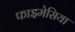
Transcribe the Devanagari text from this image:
फाइमेसिया